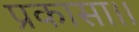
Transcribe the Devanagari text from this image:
प्रकासा।।